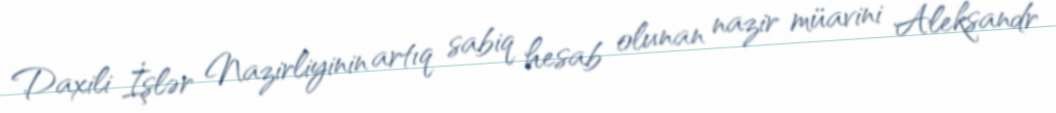
Daxili İşlər Nazirliyinin artıq sabiq hesab olunan nazir müavini Aleksandr